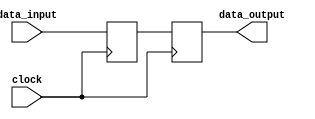
module SeqLogicBlock (
    input wire data_input,
    input wire clock,
    output reg data_output
);

reg data_latch;
reg data_ff;

// Transparent latch
always @ (posedge clock) begin
    if (clock) begin
        data_latch <= data_input;
    end
end

// D flip-flop
always @ (posedge clock) begin
    data_ff <= data_latch;
end

assign data_output = data_ff;

endmodule